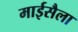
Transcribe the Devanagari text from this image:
माईसैला